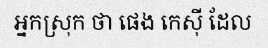
អ្នកស្រុក ថា ផេង កេស៊ី ដែល